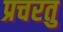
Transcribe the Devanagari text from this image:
प्रचरतु